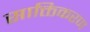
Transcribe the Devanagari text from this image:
साक्तिकरण